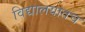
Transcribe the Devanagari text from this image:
विद्यालयातच